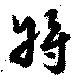
將